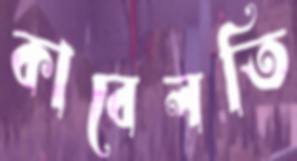
কাবেলতি